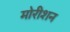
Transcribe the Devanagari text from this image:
मोरीशन